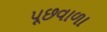
પૂછવાળા